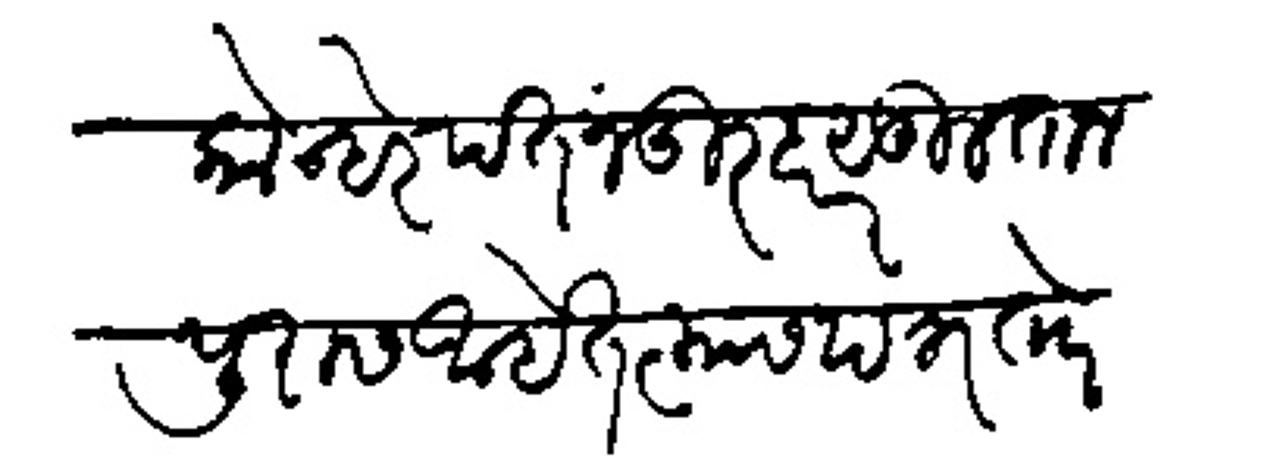
Transliteration (Devanagari): कोन्हेरपंत नंदुरबार सुलतानपुरास आहेत त्यास पत्र तोर